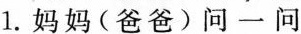
1. 妈妈（爸爸）问一问